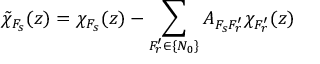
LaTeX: \tilde { \chi } _ { F _ { s } } ( z ) = \chi _ { F _ { s } } ( z ) - \sum _ { F _ { r } ^ { \prime } \in \{ N _ { 0 } \} } A _ { F _ { s } F _ { r } ^ { \prime } } \chi _ { F _ { r } ^ { \prime } } ( z )